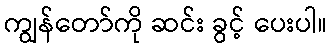
ကျွန်တော်ကို ဆင်း ခွင့် ပေးပါ။